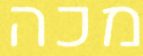
מכה